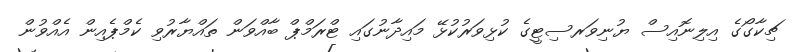
ޗިކާގޯގެ އިލިނޮއިސް ޔުނިވަރސިޓީގެ ކުޅިވަރުކުޅޭ މައިދާނުގައި ޓްރަމްޕް ބާއްވަން ތައްޔާރުވި ކެމްޕެއިން އެއްވުން